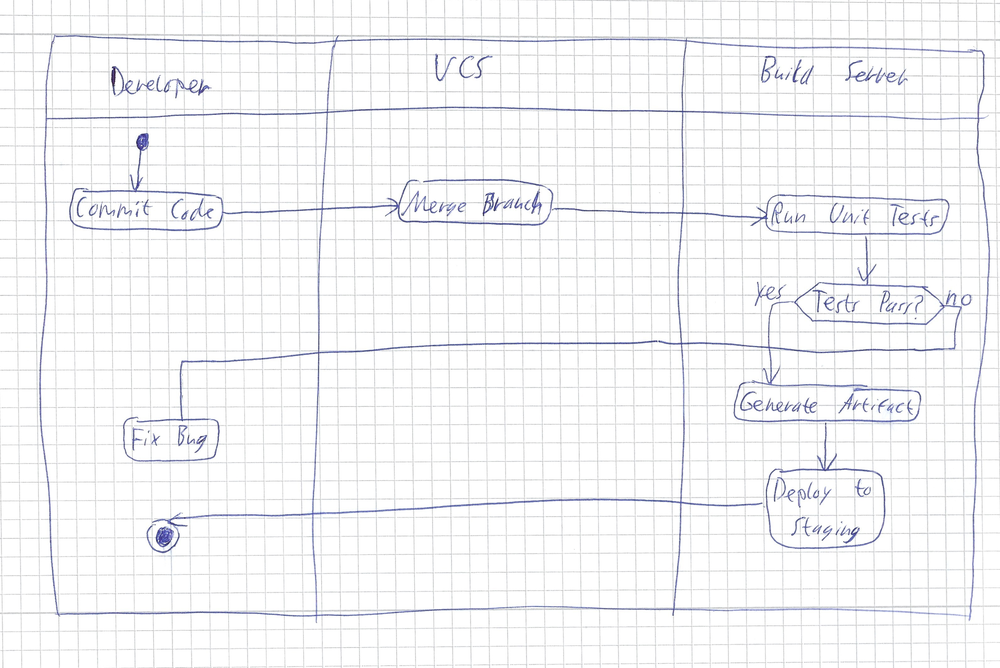
Diagram type: activity_diagram
```plantuml
@startuml

|Developer|
start
:Commit Code;
|VCS|
:Merge Branch;
|Build Server|
:Run Unit Tests;
if (Tests Pass?) then (yes)
  :Generate Artifact;
  :Deploy to Staging;
else (no)
  |Developer|
  :Fix Bug;
  detach
endif
stop

@enduml
```